Annual administration and progress report of the Indian Medical Department, Bombay
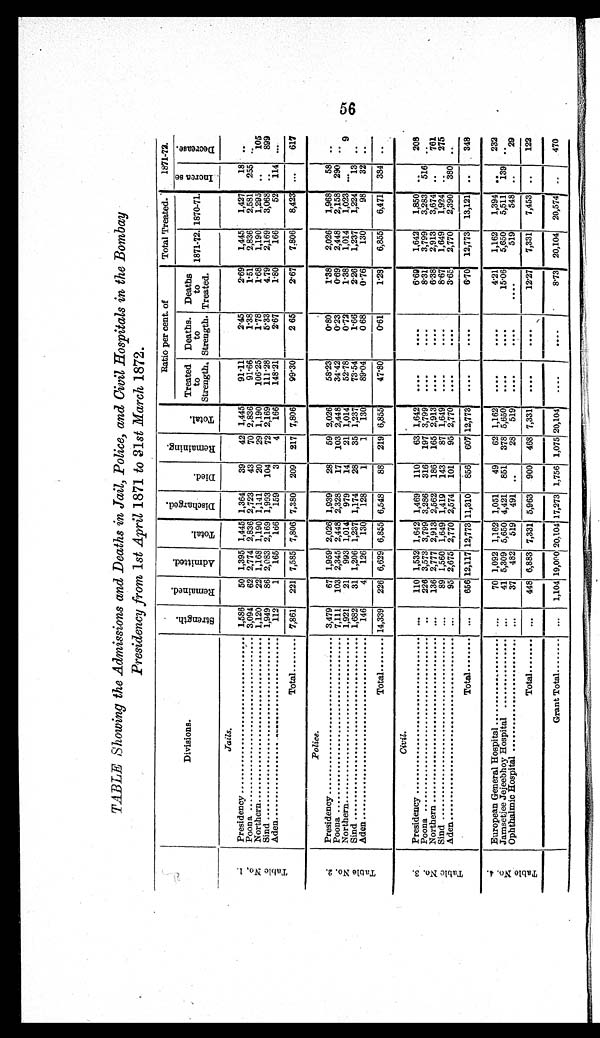
TABLE Showing the Admissions and Deaths in Jail, Police, and Civil Hospitals in the Bombay
Presidency from 1st April 1871 to 31st March 1872.
Divisions.
S t r e n g t h .
R e m a i n e d .
A d m i t t e d .
T o t a l .
D i s c h a r g e d .
D i e d .
R e m a i n i n g .
T o t a l .
Ratio per cent. of
Total Treated.
1871-72.
Treated
to
Strength.
Deaths.
to
Strength.
Deaths
to
Treated.
1871-72. 1870-71.
I n c r e a s e
D e c r e a s e .
T a b l e N o . 1 .
Jails.
Presidency ........................................ 1,586 50 1,395 1,445 1,364 39 42 1,445
91.11
2.45
2.69 1,445 1,427 18 ..
Poona ................................................ 3,094 62 2,774 2,836 2,723 43 70 2,836
91.66
1.38
1.51 2,836 2,581 255 ..
Northern ........................................... 1,120 22 1,168 1,190 1,141 20 29 1,190
106.25
1.78
1.68 1,190 1,295 ..
105
Sind ..................................................... 1,949 86 2,083 2,169 1,993 104 72 2,169
111.28
5.33
4.79 2,169 3,068 ..
899
Aden .................................................... 112
1 165 166 159
3
4 166
148.21
2.67
1.80
166
52 114 ...
Total ........ 7,861 221 7,585 7,806 7,380 209 217 7,806
99.30
2 65
2.67 7,806 8,423 ...
617
T a b l e N o . 2 .
Police.
Presidency ..................
3,479 67 1,959 2,026 1,939 28 59 2,026
58.23
0.80
1.38 2,026 1,968 58 ..
Poona .................................................. 7,111 103 2,345 2,448 2,328 17 103 2,448
34.42
0.23
0.69 2,448 2,158 290 ..
Northern ............................................ 1,921 21 993 1,014 979 14 21 1,014
52.78
0.72
1.38 1,014 1,023 ...
9
Sind ..................................................... 1,682 31 1,206 1,237 1,174 28 35 1,237
73.54
1.66
2.26 1,237 1,224 13 ..
Aden ................................................... 146
4 126 130 128
1
1 130
89.04
0 68
0.76
130
98 32 ..
Total ........ 14,339 226 6,629 6,855 6,548 88 219 6,855
47.80
0.61
1.28 6,855 6,471 384 ..
T a b l e N o . 3 .
Civil.
Presidency ........................................
. . . 110 1,532 1,642 1,469 110 63 1,642 ....
. . . .
6.69 1,642 1,850 ..
208
Poona .................................................
. . . 226 3,573 3,799 3,286 316 197 3,799 ....
....
8.31 3,799 3,283 516 ..
Northern ............................................
. . . 136 2,777 2,913 2,562 186 165 2,913 ....
....
6.38 2,913 3,674 ..
761
Sind .....................................................
. . . 89 1,560 1,649 1,419 143 87 1,649 ....
....
8.67 1,649 1,924 ..
275
Aden ...................................................
. . . 95 2,675 2,770 2,574 101 95 2,770 ....
....
3.65 2,770 2,390 380 ..
Total .........
. . . 656 12,117 12,773 11,310 856 607 12,773 ....
....
6.70 12,773 13,121 ..
348
T a b l e N o . 4 .
European General Hospital .............
. . . 70 1,092 1,162 1,051 49 62 1,162 ....
....
4.21 1,162 1,394 ..
232
Jamsetjee Jejeebhoy Hospital ............
. . . 41 5,309 5,650 4,421 851 378 5,650 ....
....
15.06 5,650 5,511 139 ..
Ophthalmic Hospital ..........................
. . . 37 482 519 491 ..
28 519 ....
....
. . . . 519
548 ..
29
Total ...........
. . . 448 6,883 7,331 5,963 900 468 7,331 ....
. . . .
12.27 7,331 7,453 ..
122
Grant Total .......
. . .
1,104 19,000 20,104 17,273 1,756 1,075 20,104
. . . .
. . . .
8.73 20,104 20,574 ..
470
56